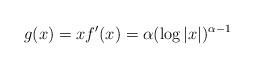
LaTeX: \begin{align*}g(x) = x f'(x) = \alpha (\log |x|)^{\alpha -1} \end{align*}